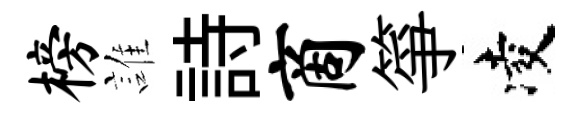
榜誰詩商箏凌